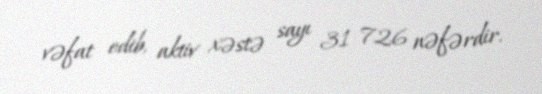
vəfat edib, aktiv xəstə sayı 31 726 nəfərdir.